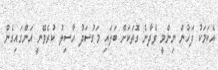
އެކަމަކު ފަހުން ނިންމީ ވެދާނެ ގޮތަކަށް ބަލައި މަގުސަދު ހާސިލު ކުރެވޭނީ އަންގައިގެން